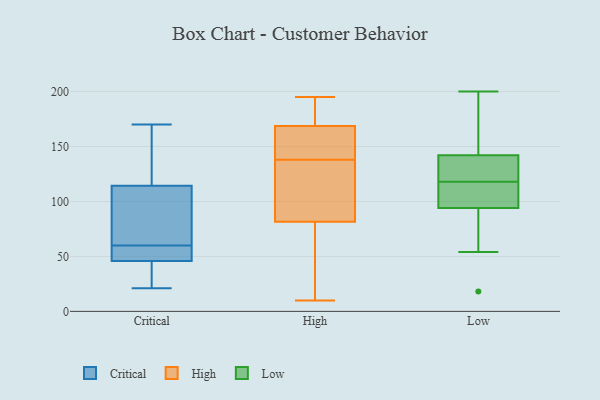
{"axis": {"x": "Production Output", "y": "Value"}, "legend": ["Critical", "High", "Low"], "data": [{"x": "", "y": 130, "type": "Critical"}, {"x": "", "y": 30, "type": "Critical"}, {"x": "", "y": 48, "type": "Critical"}, {"x": "", "y": 60, "type": "Critical"}, {"x": "", "y": 103, "type": "Critical"}, {"x": "", "y": 118, "type": "Critical"}, {"x": "", "y": 170, "type": "Critical"}, {"x": "", "y": 21, "type": "Critical"}, {"x": "", "y": 96, "type": "Critical"}, {"x": "", "y": 49, "type": "Critical"}, {"x": "", "y": 45, "type": "Critical"}, {"x": "", "y": 164, "type": "High"}, {"x": "", "y": 103, "type": "High"}, {"x": "", "y": 195, "type": "High"}, {"x": "", "y": 186, "type": "High"}, {"x": "", "y": 24, "type": "High"}, {"x": "", "y": 106, "type": "High"}, {"x": "", "y": 174, "type": "High"}, {"x": "", "y": 101, "type": "High"}, {"x": "", "y": 138, "type": "High"}, {"x": "", "y": 98, "type": "High"}, {"x": "", "y": 167, "type": "High"}, {"x": "", "y": 10, "type": "High"}, {"x": "", "y": 178, "type": "High"}, {"x": "", "y": 157, "type": "High"}, {"x": "", "y": 139, "type": "High"}, {"x": "", "y": 32, "type": "High"}, {"x": "", "y": 14, "type": "High"}, {"x": "", "y": 94, "type": "Low"}, {"x": "", "y": 18, "type": "Low"}, {"x": "", "y": 94, "type": "Low"}, {"x": "", "y": 200, "type": "Low"}, {"x": "", "y": 136, "type": "Low"}, {"x": "", "y": 171, "type": "Low"}, {"x": "", "y": 101, "type": "Low"}, {"x": "", "y": 142, "type": "Low"}, {"x": "", "y": 135, "type": "Low"}, {"x": "", "y": 54, "type": "Low"}]}